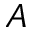
{ \cal A }